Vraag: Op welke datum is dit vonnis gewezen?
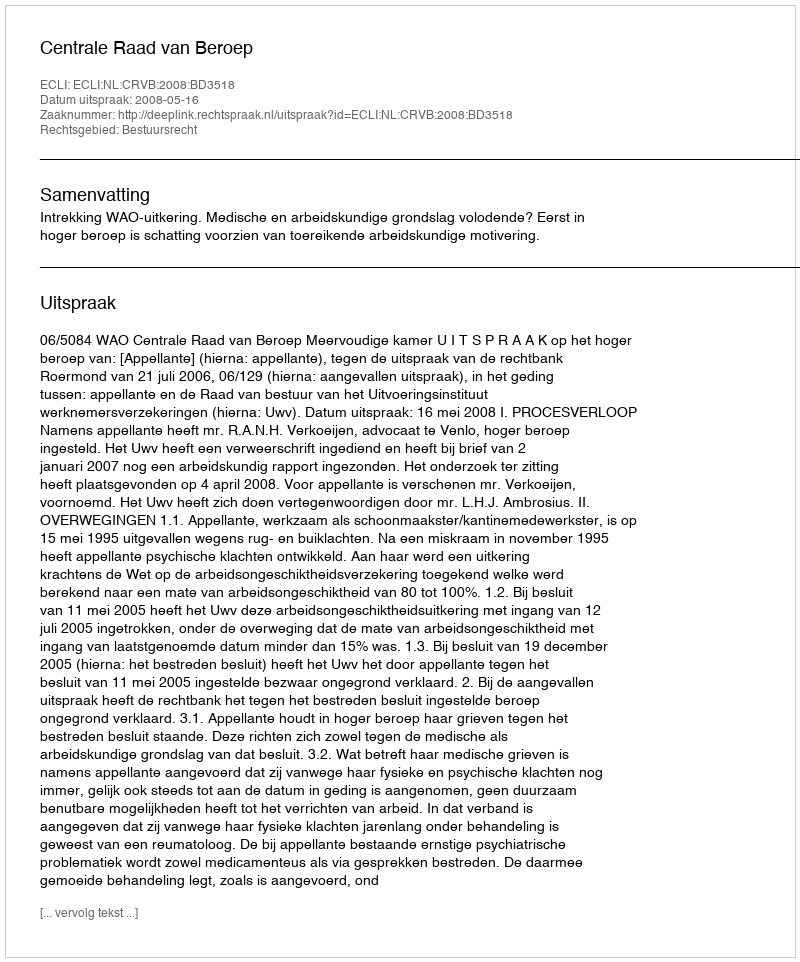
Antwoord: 2008-05-16